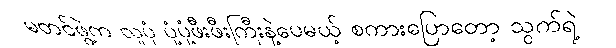
မတင်ဖွဲ့က လူပုံ ပုံ့ပုံ့ဖီးဖီးကြီးနဲ့ပေမယ့် စကားပြောတော့ သွက်ရဲ့